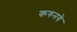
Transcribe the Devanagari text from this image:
करुनये